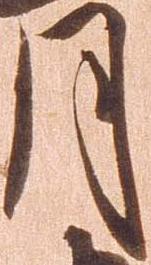
月